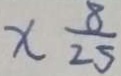
x \frac { 8 } { 2 5 }